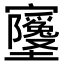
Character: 𫴧